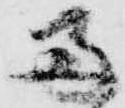
両